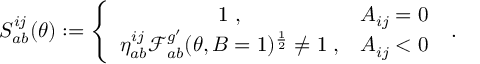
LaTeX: S _ { a b } ^ { i j } ( \theta ) : = \left\{ \begin{array} { c c } { { 1 \; , } } & { { A _ { i j } = 0 } } \\ { { \eta _ { a b } ^ { i j } \mathcal { F } _ { a b } ^ { g ^ { \prime } } ( \theta , B = 1 ) ^ { \frac { 1 } { 2 } } \neq 1 \; , } } & { { A _ { i j } < 0 } } \end{array} \right. \; .